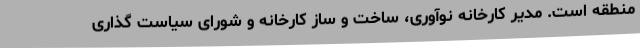
منطقه است. مدیر کارخانه نوآوری، ساخت و ساز کارخانه و شورای سیاست گذاری